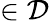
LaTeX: \in{\cal D}